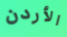
الأردن